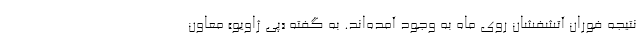
نتیجه فوران آتشفشان روی ماه به وجود آمده‌اند. به گفته «پی ژاویو» معاون